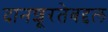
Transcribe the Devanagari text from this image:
दानशूरतेबद्दल